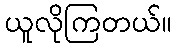
ယူလိုကြတယ်။